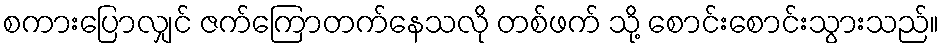
စကားပြောလျှင် ဇက်ကြောတက်နေသလို တစ်ဖက် သို့ စောင်းစောင်းသွားသည်။